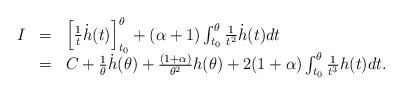
LaTeX: \begin{align*}\begin{array}{lll}I&=& \left[ \frac{1}{t}\dot{h}(t)\right]_{t_{0}}^{\theta} +(\alpha+1)\int_{t_{0}}^{\theta}\frac{1}{t^{2}}\dot{h}(t)dt\\ &=& C +\frac{1}{\theta}\dot{h}(\theta) +\frac{(1+\alpha )}{\theta^{2}}h(\theta )+2(1+\alpha)\int_{t_{0}}^{\theta}\frac{1}{t^{3}}h(t)dt.\end{array}\end{align*}